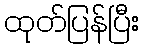
ထုတ်ပြန်ပြီး